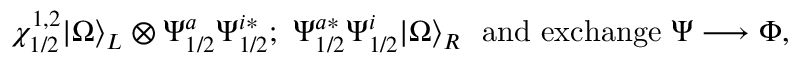
\chi _ { 1 / 2 } ^ { 1 , 2 } | \Omega { \rangle } _ { L } \otimes { \Psi } _ { 1 / 2 } ^ { a } { \Psi } _ { 1 / 2 } ^ { i * } ; \, \, { \Psi } _ { 1 / 2 } ^ { a * } { \Psi } _ { 1 / 2 } ^ { i } | \Omega { \rangle } _ { R } \ \ \mathrm { a n d ~ e x c h a n g e } \ \Psi \longrightarrow \Phi ,